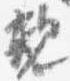
親